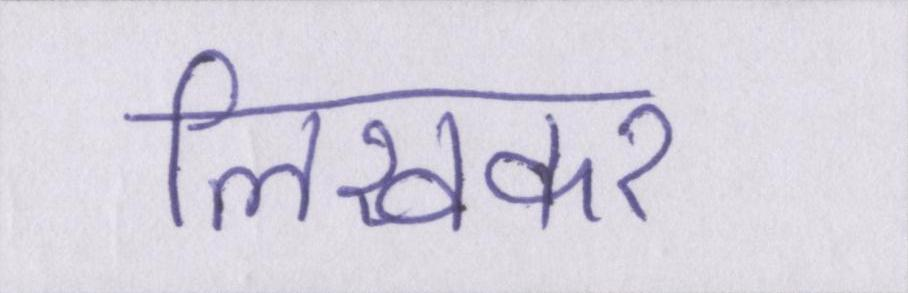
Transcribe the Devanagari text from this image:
लिखकर